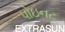
પોઇનટ